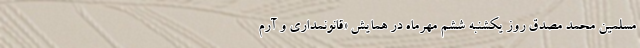
مسلمین محمد مصدق روز یکشنبه ششم مهرماه در همایش «قانونمداری و آرم